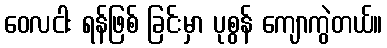
ဝေလငါး ရန်ဖြစ် ခြင်းမှာ ပုစွန် ကျောကွဲတယ်။